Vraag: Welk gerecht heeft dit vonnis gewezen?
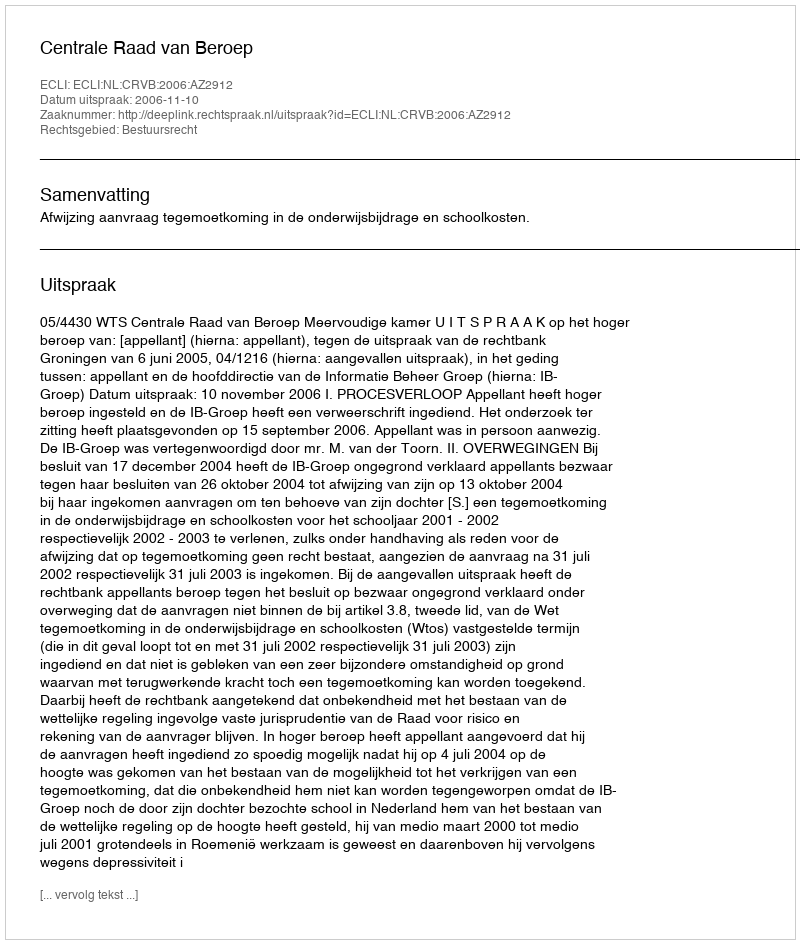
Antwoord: Centrale Raad van Beroep